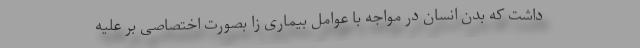
داشت که بدن انسان در مواجه با عوامل بیماری زا بصورت اختصاصی بر علیه